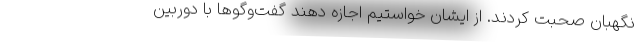
نگهبان صحبت کردند. از ایشان خواستیم اجازه دهند گفت‌وگوها با دوربین